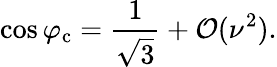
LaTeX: \cos{\varphi_{\mathrm{c}}}=\frac{1}{\sqrt{3}}+\mathcal{O}(\nu^{2}).